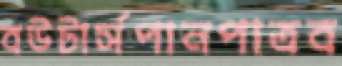
বউটার্সপানপাত্রব